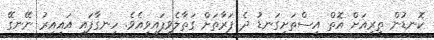
ކޮނޑުން ތިރިއަށް އޮތް އިސްތަށިގަނޑު ދެ ފަރާތަށް ގަތާލެވިފައިވިއެވެ. ހިނގާފައި އައިއިރު ނޭނގޭ